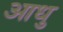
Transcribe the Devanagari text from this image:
आधु